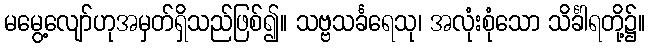
မမွေ့လျော်ဟုအမှတ်ရှိသည်ဖြစ်၍။ သဗ္ဗသင်္ခရေသု၊ အလုံးစုံသော သိင်္ခါရတို့၌။